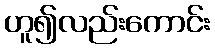
ဟူ၍လည်းကောင်း